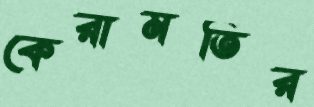
কেরামতির